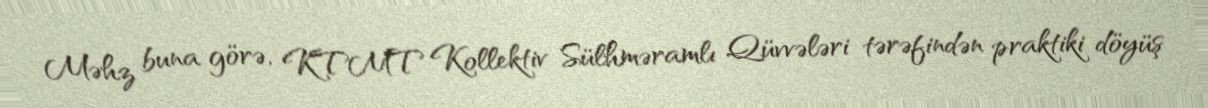
Məhz buna görə, KTMT Kollektiv Sülhməramlı Qüvvələri tərəfindən praktiki döyüş